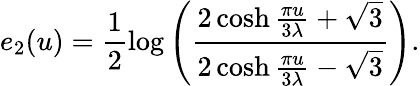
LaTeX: e_{2}(u)=\frac{1}{2}\log\left(\frac{2\cosh\frac{\pi u}{3\lambda}+\sqrt{3}}{2\cosh\frac{\pi u}{3\lambda}-\sqrt{3}}\right).